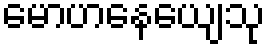
မောဟနေယျေသု